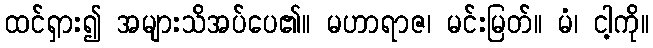
ထင်ရှား၍ အများသိအပ်ပေ၏။ မဟာရာဇ၊ မင်းမြတ်။ မံ၊ ငါ့ကို။